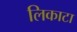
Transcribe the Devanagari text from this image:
लिकाटा